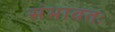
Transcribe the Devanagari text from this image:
संभावतः